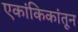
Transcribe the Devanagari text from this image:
एकांकिकांतून